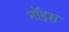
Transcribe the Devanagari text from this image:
नॉइस